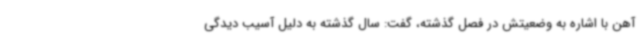
آهن با اشاره به وضعیتش در فصل گذشته، گفت: سال گذشته به دلیل آسیب دیدگی